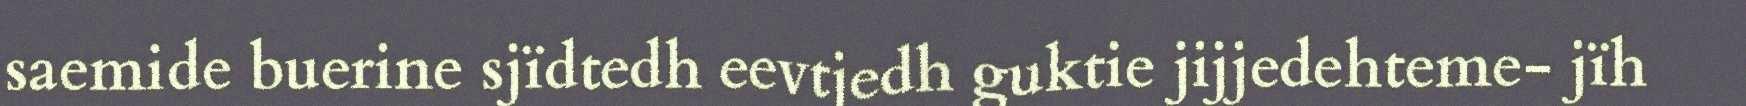
saemide buerine sjïdtedh eevtjedh guktie jijjedehteme- jïh